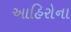
આહિરોના